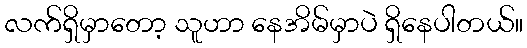
လက်ရှိမှာတော့ သူဟာ နေအိမ်မှာပဲ ရှိနေပါတယ်။